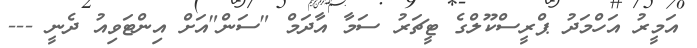
އަމީރު އަހްމަދު ޕްރީސްކޫލްގެ ޓީޗަރު ސަމާ އާދަމް "ސަން"އަށް އިންޓަވިއު ދެނީ ---